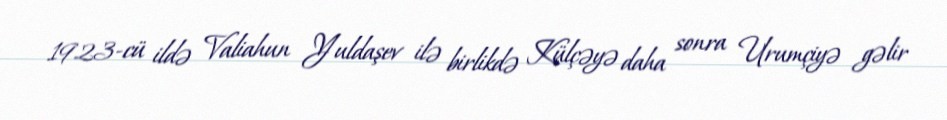
1923-cü ildə Valiahun Yuldaşev ilə birlikdə Külçəyə daha sonra Urumçiyə gəlir